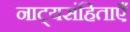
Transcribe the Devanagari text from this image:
नाट्यसंहिताएँ